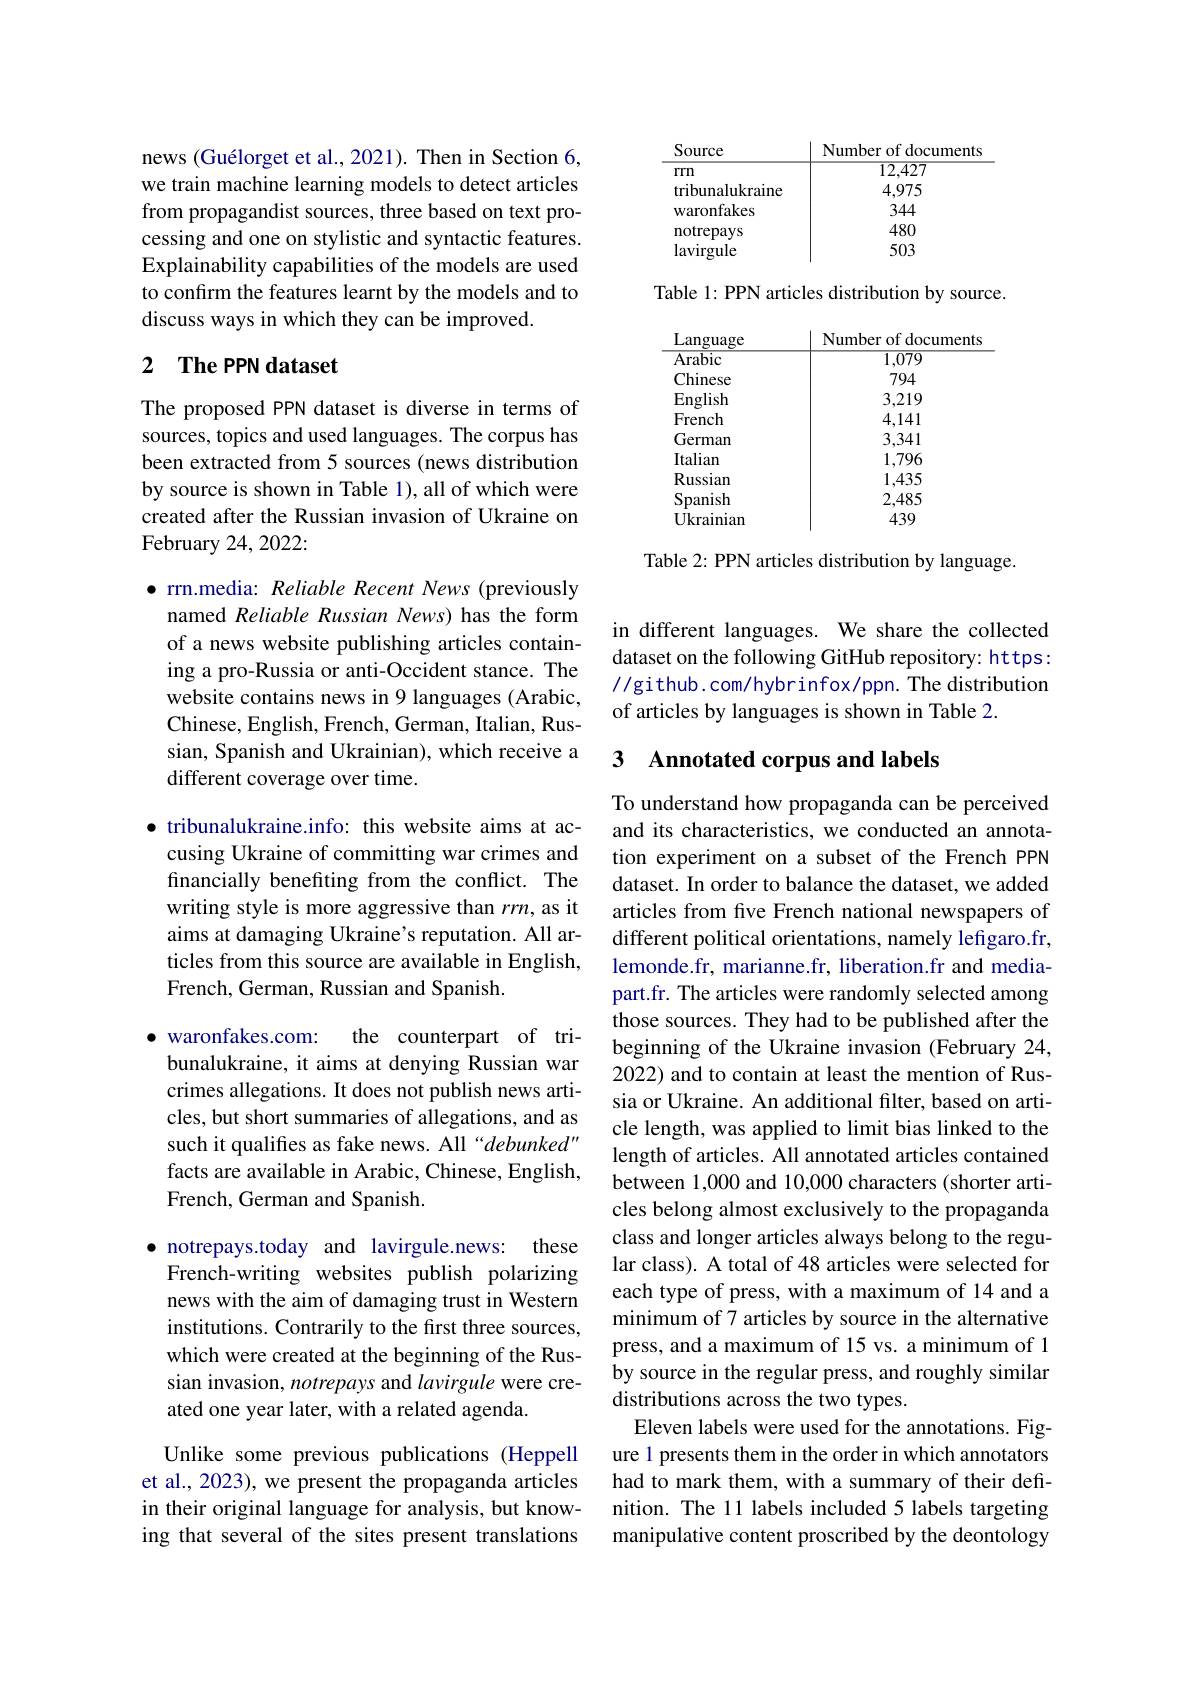
news (Guélorget et al., 2021). Then in Section 6, we train machine learning models to detect articles from propagandist sources, three based on text processing and one on stylistic and syntactic features. Explainability capabilities of the models are used to confirm the features learnt by the models and to discuss ways in which they can be improved.

## 2 $\textbf{The PPN dataset}$

The proposed PPN dataset is diverse in terms of sources, topics and used languages. The corpus has been extracted from 5 sources (news distribution by source is shown in Table 1), all of which were created after the Russian invasion of Ukraine on February 24, 2022:

$\bullet$ rrn.media: Reliable Recent News (previously named Reliable Russian News) has the form of a news website publishing articles containing a pro-Russia or anti-Occident stance. The website contains news in 9 languages (Arabic, Chinese, English, French, German, Italian, Russian, Spanish and Ukrainian), which receive a different coverage over time.

$\bullet$ tribunalukraine.info: this website aims at ac-
cusing Ukraine of committing war crimes and financially benefiting from the conflict. The writing style is more aggressive than $rrn$, as it aims at damaging Ukraine's reputation. All articles from this source are available in English, French, German, Russian and Spanish.

$\bullet$ waronfakes.com: the counterpart of tribunalukraine, it aims at denying Russian war crimes allegations. It does not publish news articles, but short summaries of allegations, and as such it qualifies as fake news. All“debunked" facts are available in Arabic, Chinese, English, French, German and Spanish.

$\bullet$ notrepays.today and lavirgule.news: these French-writing websites publish polarizing news with the aim of damaging trust in Western institutions. Contrarily to the first three sources, which were created at the beginning of the Russian invasion, notrepays and lavirgule were created one year later, with a related agenda.

Unlike some previous publications (Heppell et al., 2023), we present the propaganda articles in their original language for analysis, but knowing that several of the sites present translations

<table>
	<tbody>
		<tr>
			<th>Source</th>
			<th>Number of documents</th>
		</tr>
		<tr>
			<td>rrn</td>
			<td>$\overline{12,427}$</td>
		</tr>
		<tr>
			<td>tribunalukraine</td>
			<td>4,975</td>
		</tr>
		<tr>
			<td>waronfakes</td>
			<td>344</td>
		</tr>
		<tr>
			<td>${\mathrm{notrepays}}$</td>
			<td>480</td>
		</tr>
		<tr>
			<td>lavirgule</td>
			<td>503</td>
		</tr>
	</tbody>
</table>

Table 1: PPN articles distribution by source.

<table>
	<tbody>
		<tr>
			<th>Language</th>
			<th>Number of documents</th>
		</tr>
		<tr>
			<td>$\overline{\mathrm{Arabic}}$</td>
			<td>$\overline{1,079}$</td>
		</tr>
		<tr>
			<td>Chinese</td>
			<td>794</td>
		</tr>
		<tr>
			<td>English</td>
			<td>3,219</td>
		</tr>
		<tr>
			<td>French</td>
			<td>4,141</td>
		</tr>
		<tr>
			<td>German</td>
			<td>3,341</td>
		</tr>
		<tr>
			<td>Italian</td>
			<td>1,796</td>
		</tr>
		<tr>
			<td>Russian</td>
			<td>1,435</td>
		</tr>
		<tr>
			<td>Spanish</td>
			<td>2,485</td>
		</tr>
		<tr>
			<td>Ukrainian</td>
			<td>439</td>
		</tr>
	</tbody>
</table>

Table 2: PPN articles distribution by language.

in different languages. We share the collected dataset on the following GitHub repository: https: //github.com/hybrinfox/ppn. The distribution of articles by languages is shown in Table 2.

## 3 Annotated corpus and labels

To understand how propaganda can be perceived and its characteristics, we conducted an annotation experiment on a subset of the French PPN dataset. In order to balance the dataset, we added articles from five French national newspapers of different political orientations, namely lefigaro.fr, lemonde.fr, marianne.fr, liberation.fr and mediapart.fr. The articles were randomly selected among those sources. They had to be published after the beginning of the Ukraine invasion (February 24, 2022) and to contain at least the mention of Russia or Ukraine. An additional filter, based on article length, was applied to limit bias linked to the length of articles. All annotated articles contained between 1,000 and 10,000 characters (shorter articles belong almost exclusively to the propaganda class and longer articles always belong to the regular class). A total of 48 articles were selected for each type of press, with a maximum of 14 and a minimum of 7 articles by source in the alternative press, and a maximum of 15 vs. a minimum of 1 by source in the regular press, and roughly similar distributions across the two types.
Eleven labels were used for the annotations. Figure 1 presents them in the order in which annotators had to mark them, with a summary of their definition. The 11 labels included 5 labels targeting manipulative content proscribed by the deontology